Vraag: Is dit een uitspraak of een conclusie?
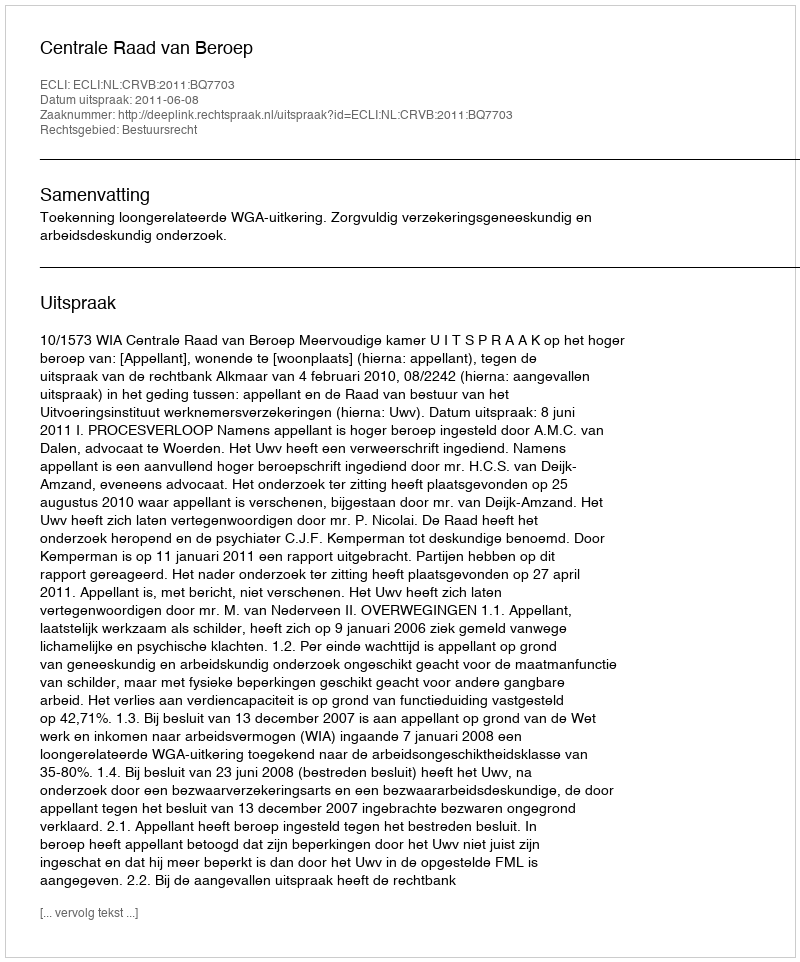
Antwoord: Uitspraak